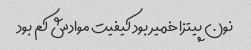
نون پیتزا خمیر بود کیفیت موادش کم بود